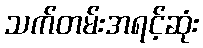
သက်တမ်းအရင့်ဆုံး